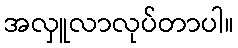
အလှူလာလုပ်တာပါ။